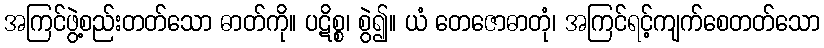
အကြင်ဖွဲ့စည်းတတ်သော ဓာတ်ကို။ ပဋိစ္စ၊ စွဲ၍။ ယံ တေဇောဓာတုံ၊ အကြင်ရင့်ကျက်စေတတ်သော